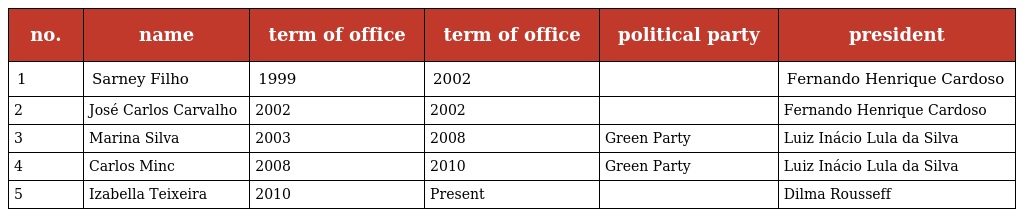
| no. | name | term of office | term of office | political party | president |
 | --- | --- | --- | --- | --- | --- |
 | 1 | Sarney Filho | 1999 | 2002 |  | Fernando Henrique Cardoso |
 | 2 | José Carlos Carvalho | 2002 | 2002 |  | Fernando Henrique Cardoso |
 | 3 | Marina Silva | 2003 | 2008 | Green Party | Luiz Inácio Lula da Silva |
 | 4 | Carlos Minc | 2008 | 2010 | Green Party | Luiz Inácio Lula da Silva |
 | 5 | Izabella Teixeira | 2010 | Present |  | Dilma Rousseff |